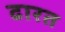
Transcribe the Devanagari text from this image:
ढारत